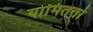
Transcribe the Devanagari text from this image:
यामिततो